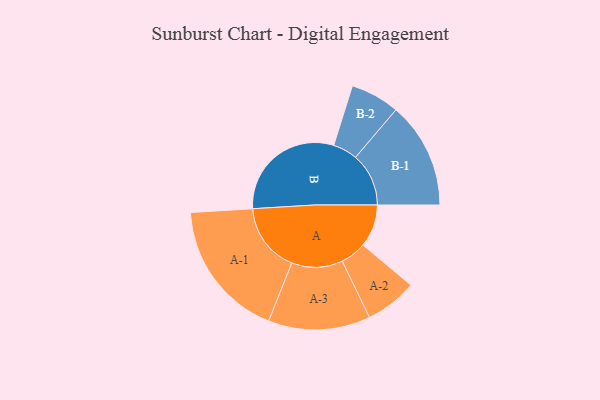
{"axis": {"x": "Segment", "y": "Value"}, "legend": ["", "A", "B"], "data": [{"x": "A", "y": 179, "type": ""}, {"x": "B", "y": 498, "type": ""}, {"x": "A-1", "y": 291, "type": "A"}, {"x": "A-2", "y": 109, "type": "A"}, {"x": "A-3", "y": 214, "type": "A"}, {"x": "B-1", "y": 223, "type": "B"}, {"x": "B-2", "y": 103, "type": "B"}]}